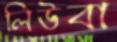
লিউবা